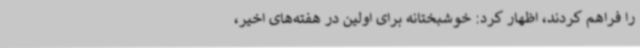
را فراهم کردند، اظهار کرد: خوشبختانه برای اولین در هفته‌های اخیر،